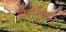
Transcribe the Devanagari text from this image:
बैतेकिन